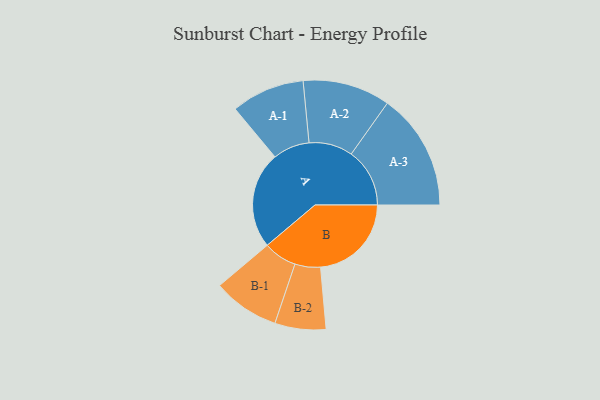
{"axis": {"x": "Segment", "y": "Value"}, "legend": ["", "A", "B"], "data": [{"x": "A", "y": 493, "type": ""}, {"x": "B", "y": 463, "type": ""}, {"x": "A-1", "y": 187, "type": "A"}, {"x": "A-2", "y": 223, "type": "A"}, {"x": "A-3", "y": 298, "type": "A"}, {"x": "B-1", "y": 170, "type": "B"}, {"x": "B-2", "y": 130, "type": "B"}]}